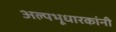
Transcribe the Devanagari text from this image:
अल्पभूधारकांनी